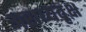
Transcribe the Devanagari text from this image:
अराध्यवृक्ष